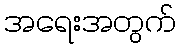
အရေးအတွက်